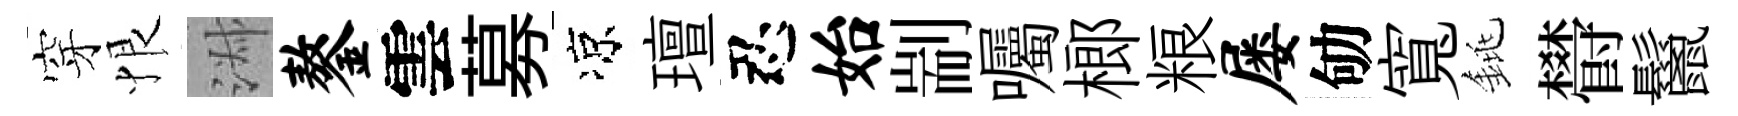
穿恨淑鏊雲募凉璮忍始剬囑榔粮屡劬寬銚欎鬣